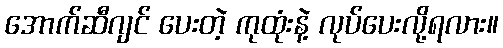
အောက်ဆီဂျင် ပေးတဲ့ ကုထုံးနဲ့ လုပ်ပေးလို့ရလား။